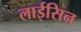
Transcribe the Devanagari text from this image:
लाईसिन